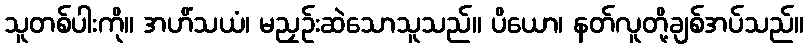
သူတစ်ပါးကို။ အဟိံသယံ၊ မညှဉ်းဆဲသောသူသည်။ ပိယော၊ နတ်လူတို့ချစ်အပ်သည်။